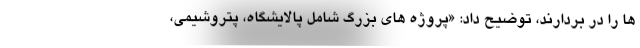
ها را در بردارند، توضیح داد: «پروژه های بزرگ شامل پالایشگاه، پتروشیمی،